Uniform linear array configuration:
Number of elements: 24
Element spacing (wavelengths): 1
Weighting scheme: cosine
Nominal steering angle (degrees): -30
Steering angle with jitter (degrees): -28.227
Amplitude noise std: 0.05
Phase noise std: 0.05

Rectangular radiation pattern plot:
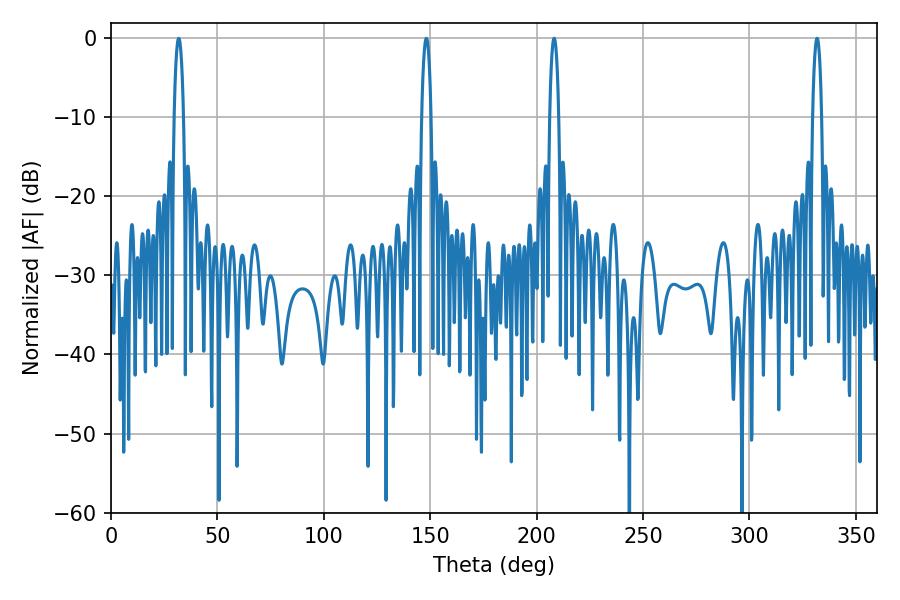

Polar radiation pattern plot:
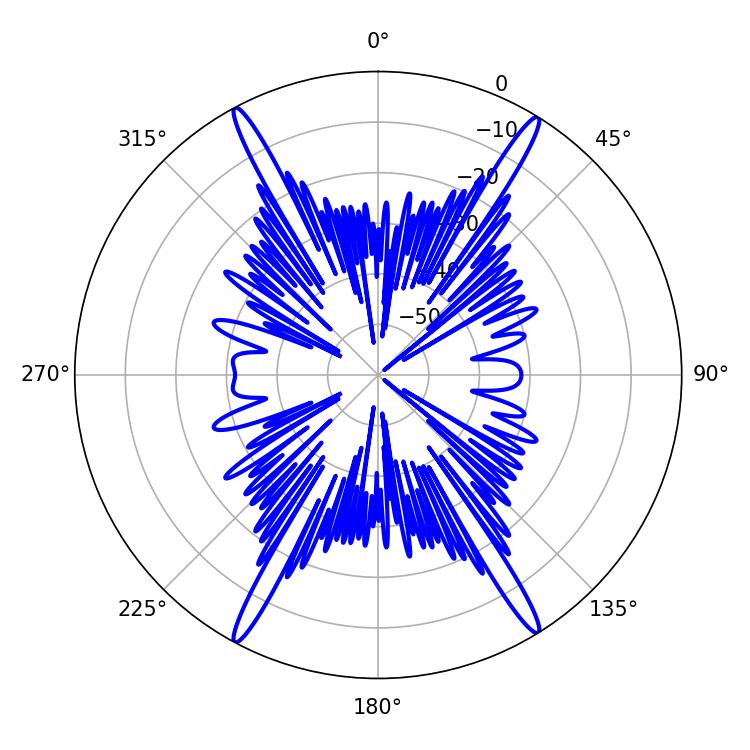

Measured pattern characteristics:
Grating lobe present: TRUE
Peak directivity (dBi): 24.775
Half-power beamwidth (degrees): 2.34
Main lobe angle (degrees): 331.74